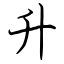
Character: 升